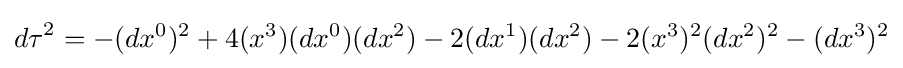
{d\tau }^{2}=-(dx^{0})^{2}+4(x^{3})(dx^{0})(dx^{2})-2(dx^{1})(dx^{2})-2(x^{3})^{2}(dx^{2})^{2}-(dx^{3})^{2}